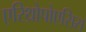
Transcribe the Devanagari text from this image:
एरिथ्रोपोएसिस